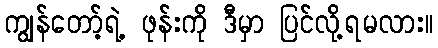
ကျွန်တော့်ရဲ့ ဖုန်းကို ဒီမှာ ပြင်လို့ရမလား။